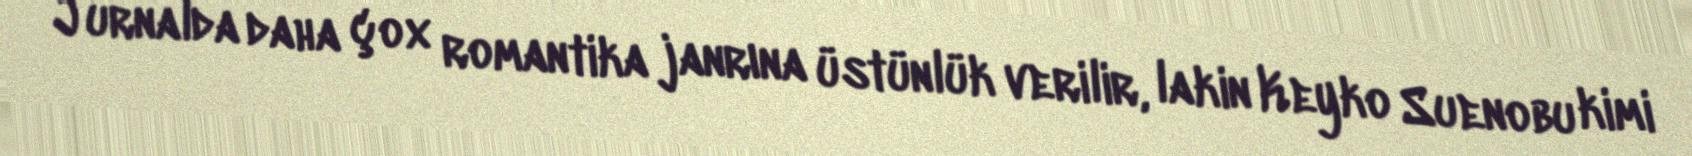
Jurnalda daha çox romantika janrına üstünlük verilir, lakin Keyko Suenobu kimi